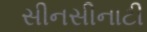
સીનસીનાટી